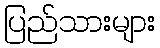
ပြည်သားများ